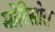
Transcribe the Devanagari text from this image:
मोरिसोत